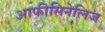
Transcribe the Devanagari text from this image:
आफीसिनेलिज